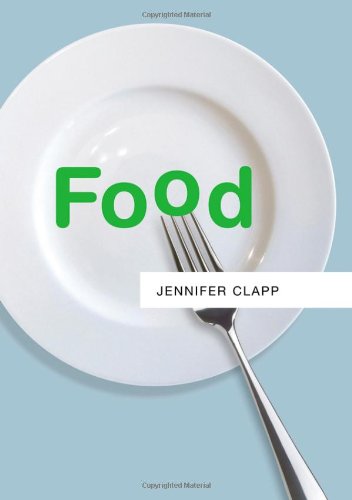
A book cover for Food; Jennifer Clapp; Cookbooks, Food & Wine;